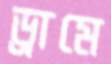
ড্রামে